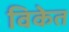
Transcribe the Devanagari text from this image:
विकेत